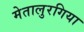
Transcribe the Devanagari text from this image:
मेतालुरगिया